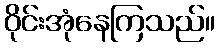
ဝိုင်းအုံနေကြသည်။